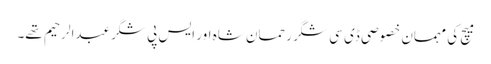
میچ کی مہمان خصوصی ڈی سی شگر رحمان شاہ اور ایس پی شگرعبدالرحیم تھے۔